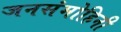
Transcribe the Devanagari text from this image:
जनसंमोहिनी